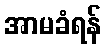
အာမခံရန်